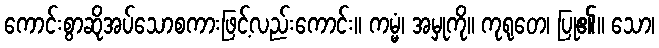
ကောင်းစွာဆိုအပ်သောစကားဖြင့်လည်းကောင်း။ ကမ္မံ၊ အမှုကို။ ကုရုတေ၊ ပြု၏။ သော၊